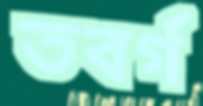
তবর্গ